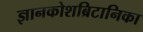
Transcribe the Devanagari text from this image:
ज्ञानकोशब्रिटानिका